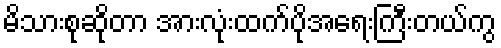
မိသားစုဆိုတာ အားလုံးထက်ပိုအရေးကြီးတယ်ကွ